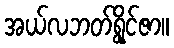
အယ်လဘတ်ရွိုင်ဇာ။